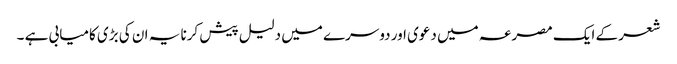
شعر کے ایک مصرعہ میں دعوی اور دوسرے میں دلیل پیش کرنا یہ ان کی بڑی کامیابی ہے ۔